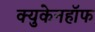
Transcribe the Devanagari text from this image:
क्युकेनहॉफ